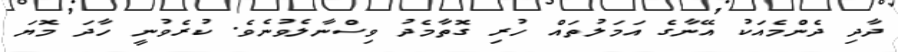
ދާދި ދެންމެއަކު އޭނާގެ އަމަލުތައް ހުރި ގޮތާމެދު ވިސްނާލެވުނެވެ. ކުރެވުނީ ހާދަ މޮޔަ